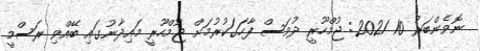
ނޮވެންބަރު 10 2021: ޖުމްހޫރީ ދުވަސް ފާހަގަކުރުމަށް ޖުމްހޫރީ މައިދާނުގައި ބޭއްވި ރަސްމީ